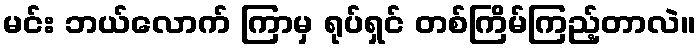
မင်း ဘယ်လောက် ကြာမှ ရုပ်ရှင် တစ်ကြိမ်ကြည့်တာလဲ။